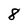
Character: 8